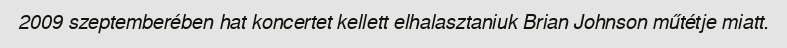
2009 szeptemberében hat koncertet kellett elhalasztaniuk Brian Johnson műtétje miatt.